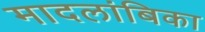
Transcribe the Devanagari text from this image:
मादलांबिका